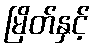
မြိတ်နှင့်